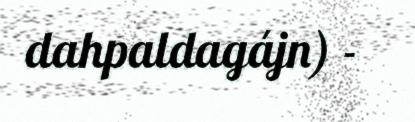
dahpaldagájn) -